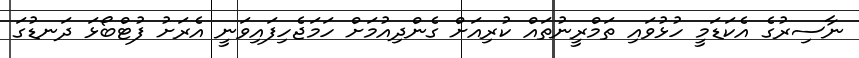
ނާސިރުގެ އެކަޑަމީ ހުޅުވައި ތަމްރީނުތައް ކުރިއަށް ގެންދިއުމަށް ހަމަޖެހިފައިވަނީ އެރަށު ފުޓްބޯޅަ ދަނޑުގަ